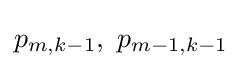
p_{m,k-1},\ p_{m-1,k-1}